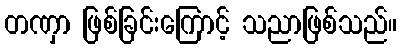
တဏှာ ဖြစ်ခြင်းကြောင့် သညာဖြစ်သည်။